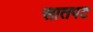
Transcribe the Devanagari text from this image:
सातपट